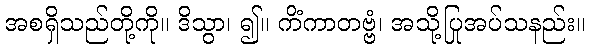
အစရှိသည်တို့ကို။ ဒိသွာ၊ ၍။ ကိံကာတဗ္ဗံ၊ အသို့ပြုအပ်သနည်း။